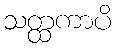
သတ္ထကာပိ